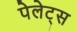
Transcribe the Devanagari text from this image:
पेलेट्स